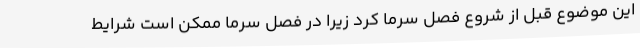
این موضوع قبل از شروع فصل سرما کرد زیرا در فصل سرما ممکن است شرایط